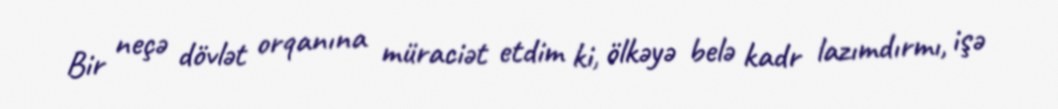
Bir neçə dövlət orqanına müraciət etdim ki, ölkəyə belə kadr lazımdırmı, işə